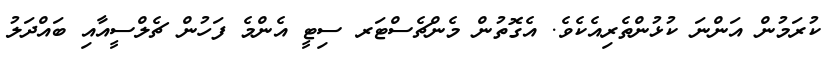
ކުރަމުން އަންނަ ކުޅުންތެރިއެކެވެ. އެގޮތުން މެންޗެސްޓަރ ސިޓީ އެންމެ ފަހުން ޗެލްސީއާއި ބައްދަލު